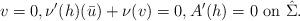
LaTeX: \begin{align*}v= 0, \nu'(h) (\bar u) + \nu(v)=0, A'(h)=0 \mbox{ on }\hat \Sigma.\end{align*}